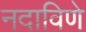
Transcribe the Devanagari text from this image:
नदाविणे